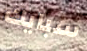
سبايك